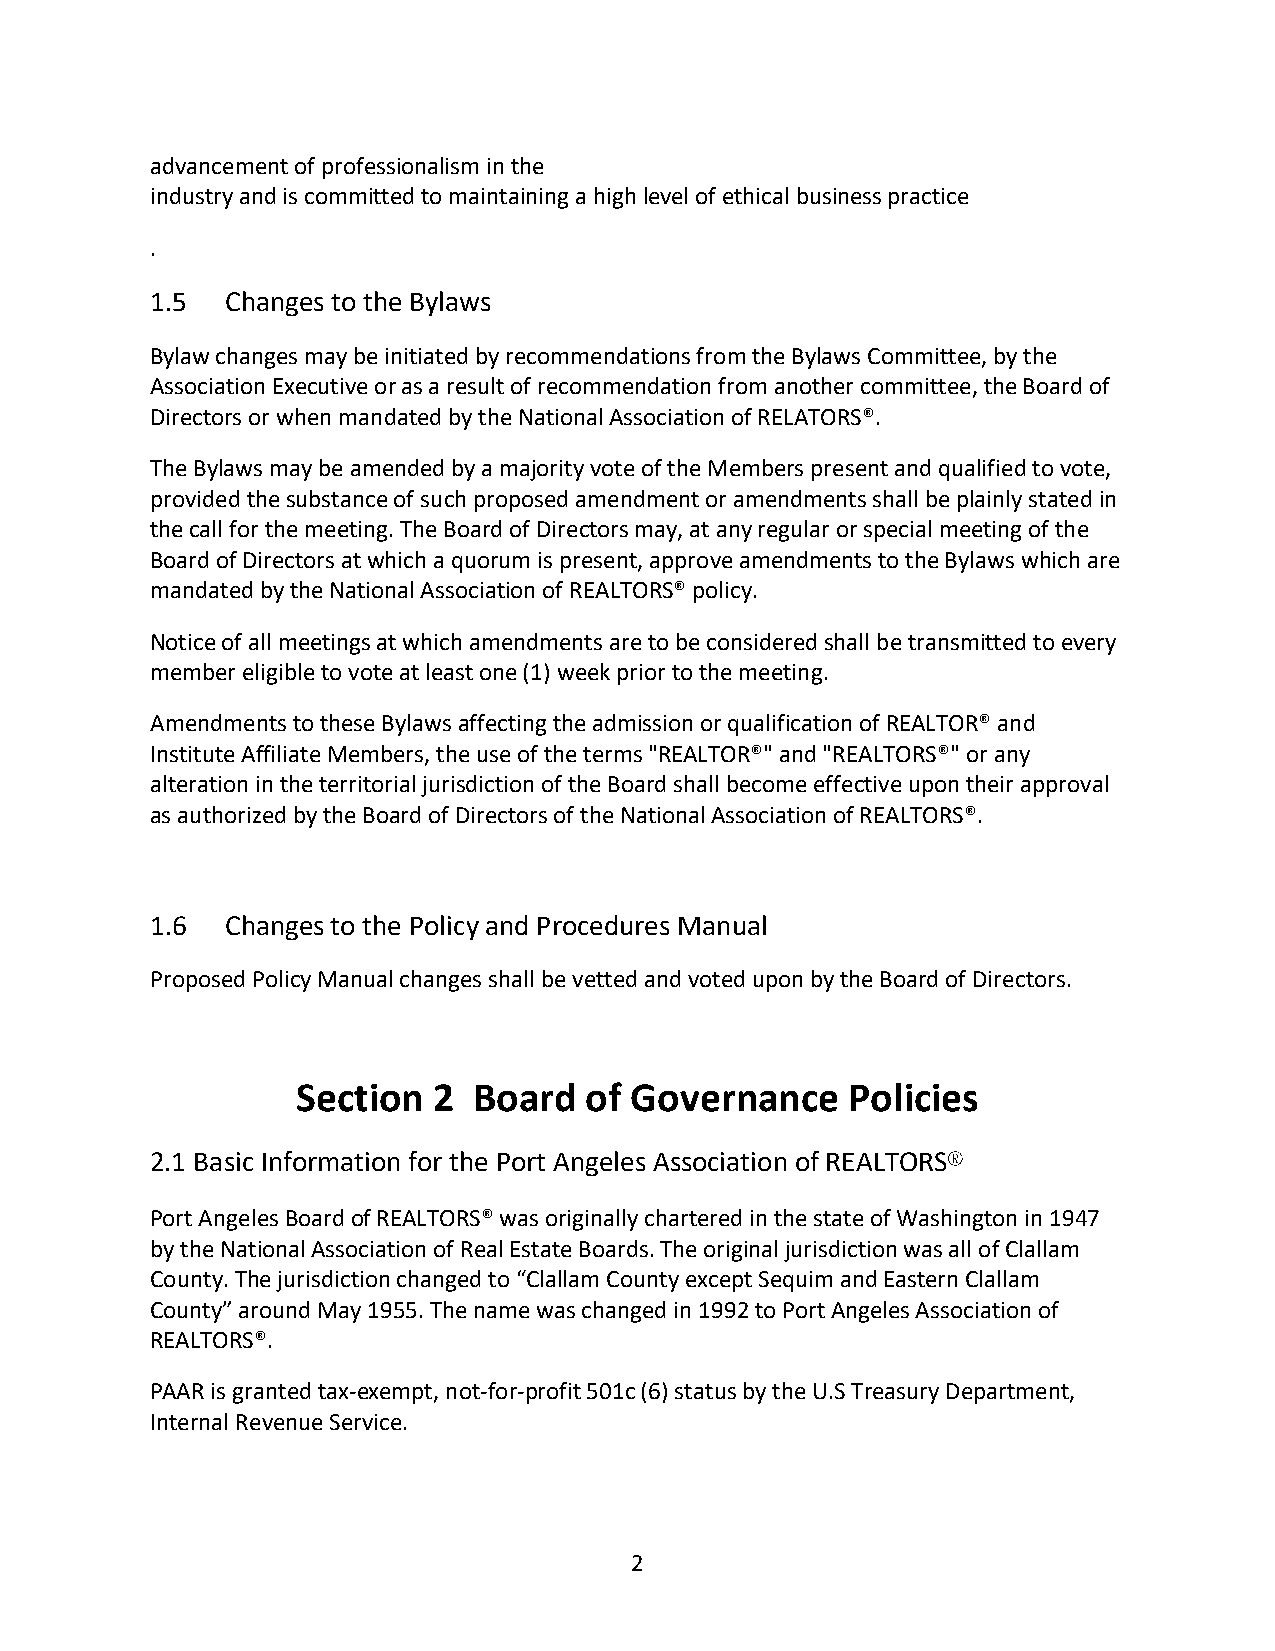
advancement of professionalism in the
 industry and is committed to maintaining a high level of ethical business practice
 .
 1.5  Changes to the Bylaws
 Bylaw changes may be initiated by recommendations from the Bylaws Committee, by the
 Association Executive or as a result of recommendation from another committee, the Board of
 Directors or when mandated by the National Association of RELATORS®.
 The Bylaws may be amended by a majority vote of the Members present and qualified to vote,
 provided the substance of such proposed amendment or amendments shall be plainly stated in
 the call for the meeting. The Board of Directors may, at any regular or special meeting of the
 Board of Directors at which a quorum is present, approve amendments to the Bylaws which are
 mandated by the National Association of REALTORS® policy.
 Notice of all meetings at which amendments are to be considered shall be transmitted to every
 member eligible to vote at least one (1) week prior to the meeting.
 Amendments to these Bylaws affecting the admission or qualification of REALTOR® and
 Institute Affiliate Members, the use of the terms "REALTOR®" and "REALTORS®" or any
 alteration in the territorial jurisdiction of the Board shall become effective upon their approval
 as authorized by the Board of Directors of the National Association of REALTORS®.
 1.6  Changes to the Policy and Procedures Manual
 Proposed Policy Manual changes shall be vetted and voted upon by the Board of Directors.
 Section  2 Board   of Governance    Policies
 2.1 Basic Information for the Port Angeles Association of REALTORS®
 Port Angeles Board of REALTORS® was originally chartered in the state of Washington in 1947
 by the National Association of Real Estate Boards. The original jurisdiction was all of Clallam
 County. The jurisdiction changed to “Clallam County except Sequim and Eastern Clallam
 County” around May 1955. The name was changed in 1992 to Port Angeles Association of
 REALTORS®.
 PAAR is granted tax-exempt, not-for-profit 501c (6) status by the U.S Treasury Department,
 Internal Revenue Service.
 2